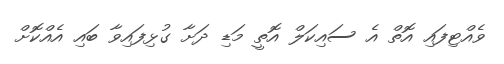
ވެއްޓިފައި އޮތް އެ ސައިކަލް އޮތީ މަޑި ދަށާ ގުޅިފައިވާ ބައި އެއްކޮށް